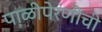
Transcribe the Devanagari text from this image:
पाळीपेरणीची